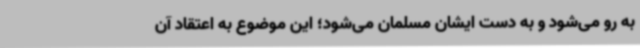
به رو می‌شود و به دست ایشان مسلمان می‌شود؛ این موضوع به اعتقاد آن